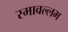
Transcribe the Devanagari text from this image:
रमावल्लभ